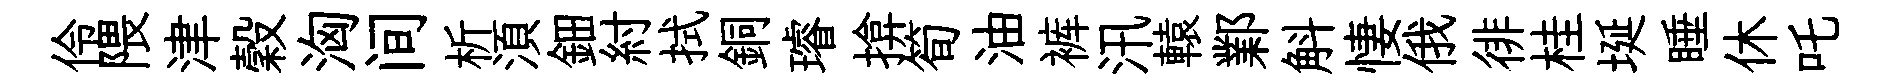
伶隈津穀洶间析湏鈿紂拭銅璿揜筍油裤汛轅鄴斛悽俄徘桂埏睡休吒